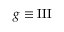
g \equiv \operatorname { I I I }